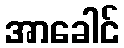
အာခေါင်